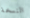
النسخة